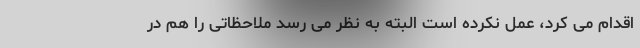
اقدام می کرد، عمل نکرده است البته به نظر می رسد ملاحظاتی را هم در